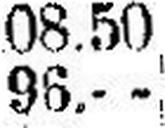
96.—